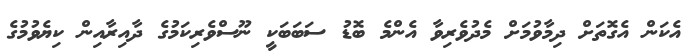
އެކަން އެގޮތަށް ދިމާވުމަށް މެދުވެރިވާ އެންމެ ބޮޑު ސަބަބަކީ ނޫސްވެރިކަމުގެ ދާއިރާއިން ކިޔެވުމުގެ